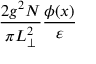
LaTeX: \frac { 2 g ^ { 2 } N } { \pi L _ { \perp } ^ { 2 } } \frac { \phi ( x ) } { \varepsilon }